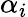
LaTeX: \alpha_{i}